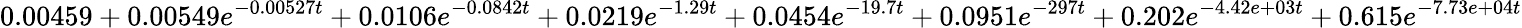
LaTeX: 0.00459+0.00549e^{-0.00527t}+0.0106e^{-0.0842t}+0.0219e^{-1.29t}+0.0454e^{-19.7t}+0.0951e^{-297t}+0.202e^{-4.42e+03t}+0.615e^{-7.73e+04t}